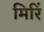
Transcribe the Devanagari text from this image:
मिरिं